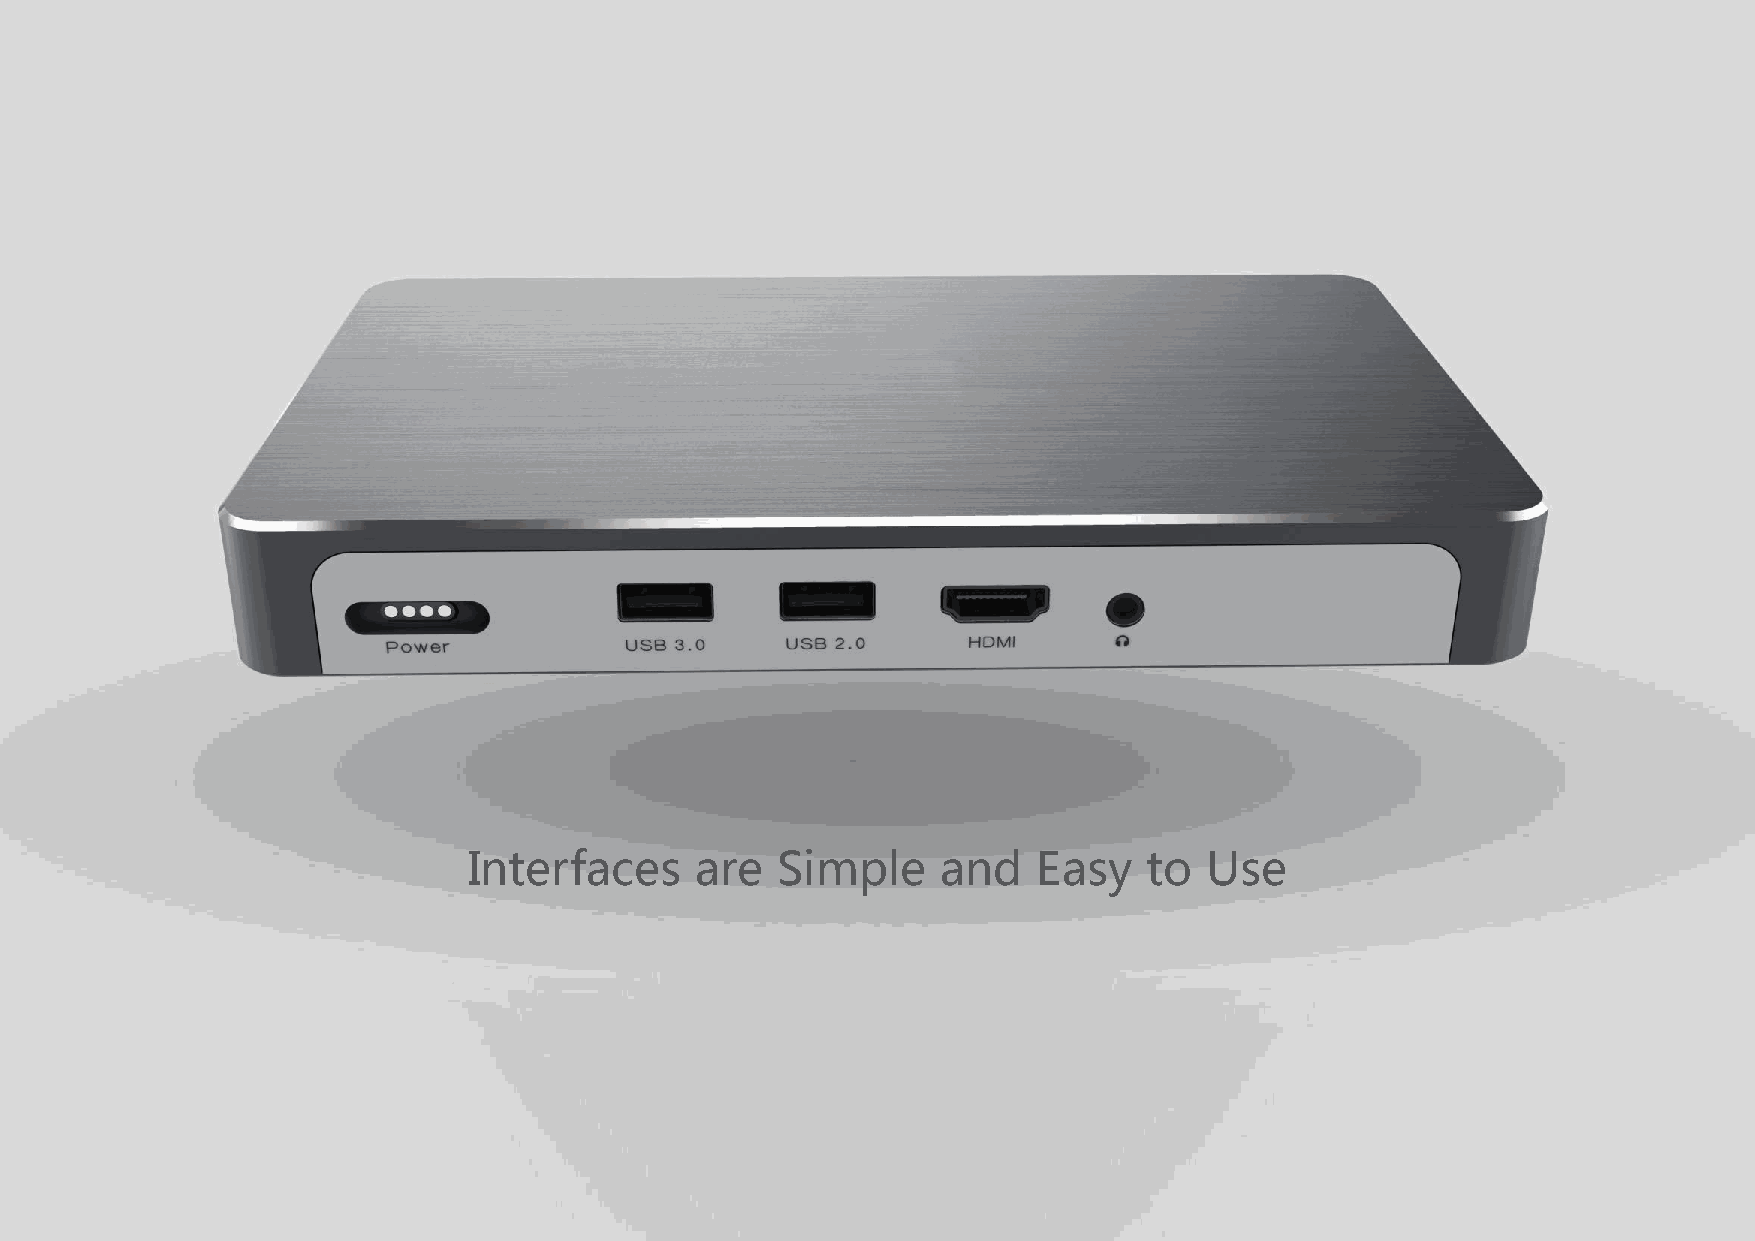
Interfaces     are  Simple     and    Easy   to  Use